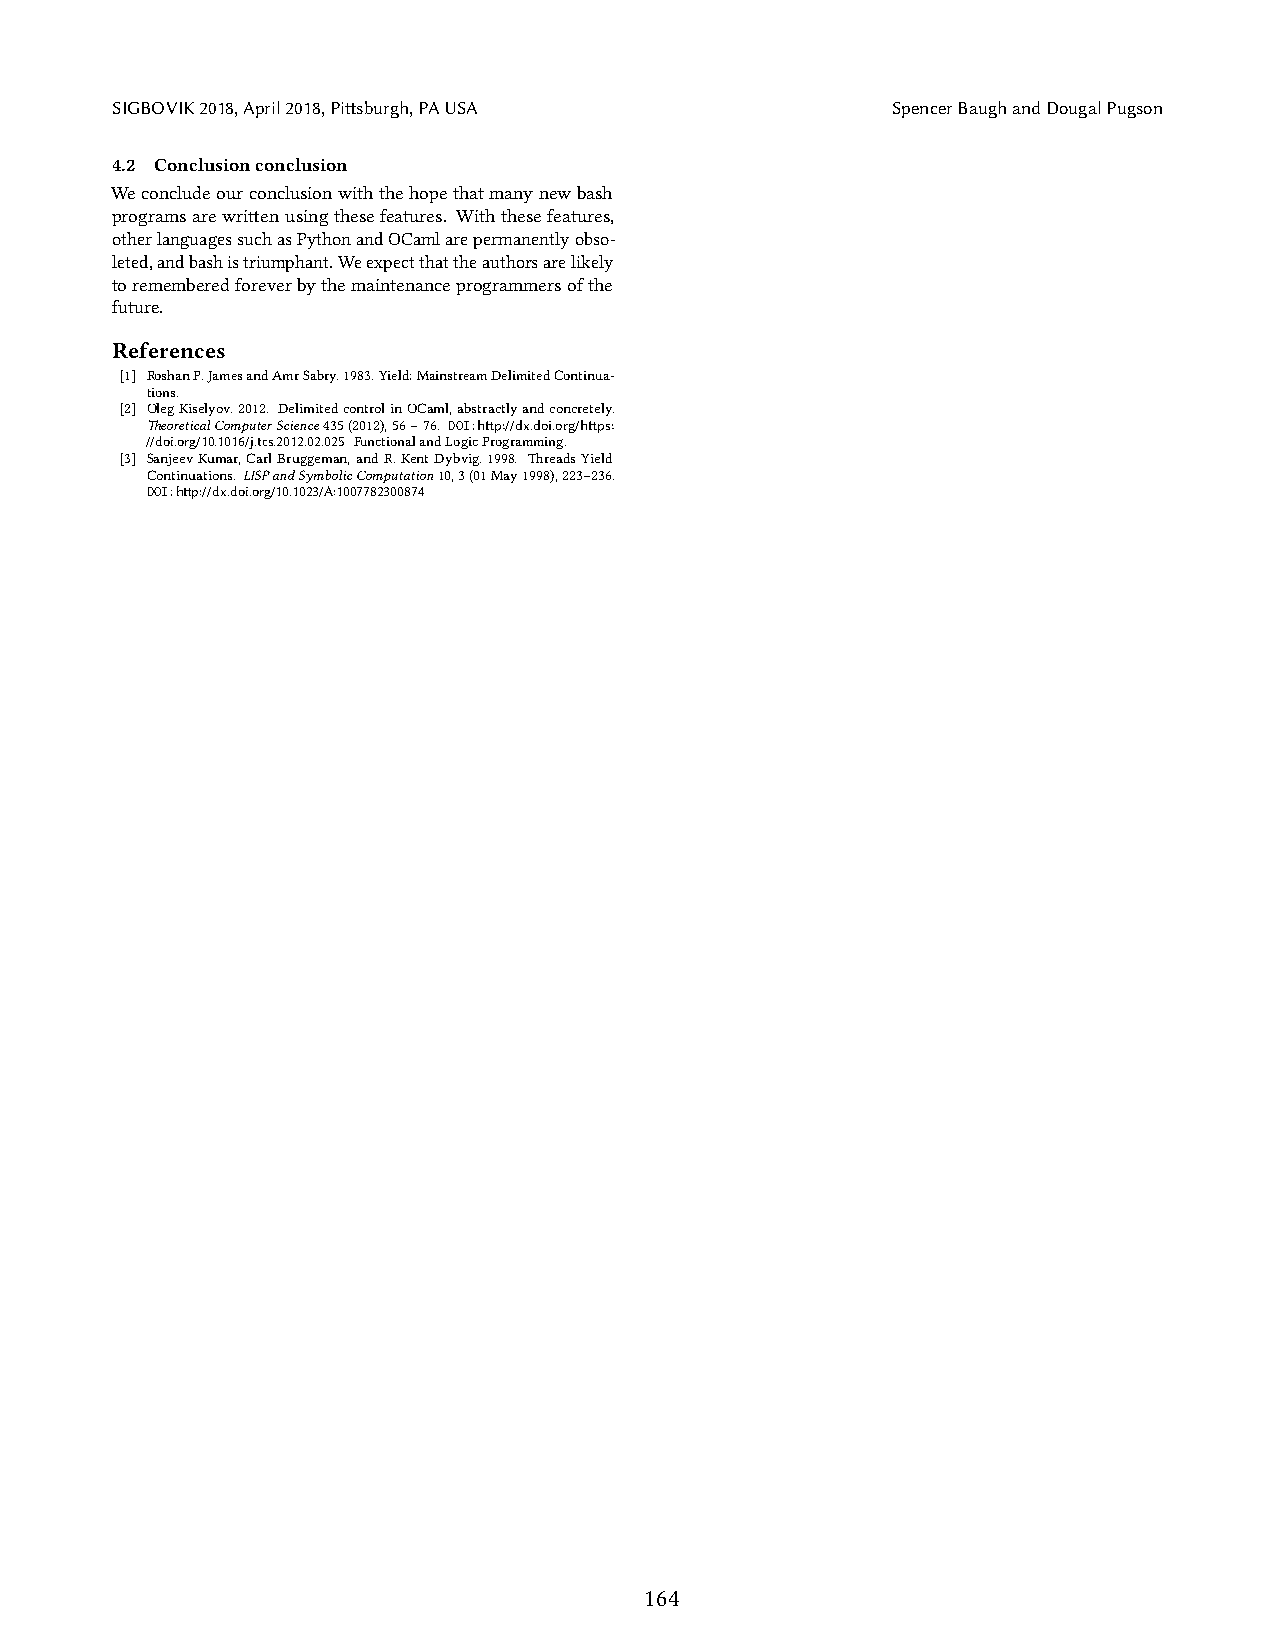
SIGBOVIK2018,April2018,Pittsburgh,PAUSA             SpencerBaughandDougalPugson
 4.2 Conclusionconclusion
 Weconcludeourconclusionwiththehopethatmanynewbash
 programsarewrittenusingthesefeatures. Withthesefeatures,
 otherlanguagessuchasPythonandOCamlarepermanentlyobso-
 leted,andbashistriumphant.Weexpectthattheauthorsarelikely
 torememberedforeverbythemaintenanceprogrammersofthe
 future.
 References
 [1] RoshanP.JamesandAmrSabry.1983.Yield:MainstreamDelimitedContinua-
 tions.
 [2] OlegKiselyov.2012. DelimitedcontrolinOCaml,abstractlyandconcretely.
 TheoreticalComputerScience435(2012),56–76. DOI:http://dx.doi.org/https:
 //doi.org/10.1016/j.tcs.2012.02.025 FunctionalandLogicProgramming.
 [3] SanjeevKumar,CarlBruggeman,andR.KentDybvig.1998. ThreadsYield
 Continuations. LISPandSymbolicComputation10,3(01May1998),223–236.
 DOI:http://dx.doi.org/10.1023/A:1007782300874
 164